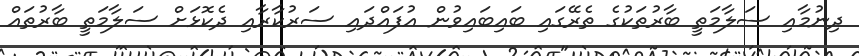
ދިނުމާއި ސަލާމަތީ ބާރުތަކުގެ ތެރޭގައި ބައިބައިވުން އުފައްދައި ސަރުކާރާއި ދެކޮޅަށް ސަލާމަތީ ބާރުތައް